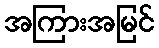
အကြားအမြင်